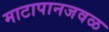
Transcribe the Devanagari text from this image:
माटापानजवळ